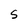
Character: S